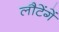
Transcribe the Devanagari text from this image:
लौटेंगें